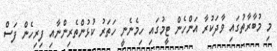
މި މުބާރާތުގައި ވާދަކުރާ އަންހެން ޓީމުގައި ހިމެނެނީ ހަތަރު ކުޅުންތެރިންނާއި ފިރިހެން ފަސް